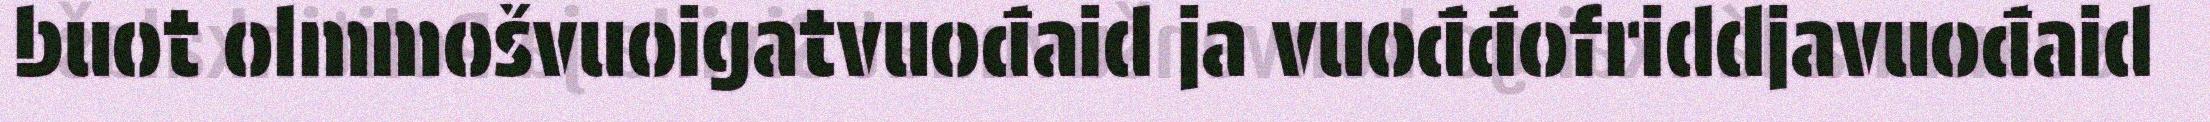
buot olmmošvuoigatvuođaid ja vuođđofriddjavuođaid